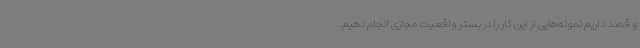
و قصد داریم نمونه‌هایی از این کار را در بستر واقعیت مجازی انجام دهیم.